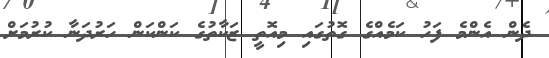
ދެން އެންމެ ފަހު ކަމެއްގެ ގޮތުގައި މިއޮތީ ޒަކާތުގެ ކަންކަން ހަރުދަނާ ކުރުމަށް